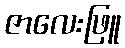
ဇာလေးဖြူ